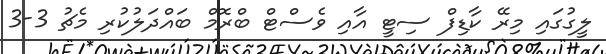
ލީގުގައި މިރޭ ކާޑިފް ސިޓީ އާއި ވެސްޓް ބްރޮމް ބައްދަލުކުރި މެޗު 3-3